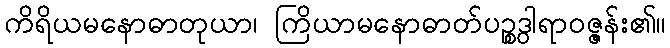
ကိရိယမနောဓာတုယာ၊ ကြိယာမနောဓာတ်ပဉ္စဒွါရာဝဇ္ဇန်း၏။